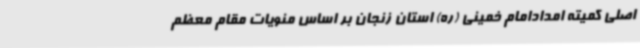
اصلی کمیته امدادامام خمینی (ره) استان زنجان بر اساس منویات مقام معظم